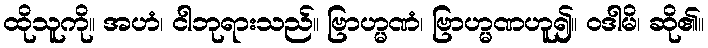
ထိုသူကို။ အဟံ၊ ငါဘုရားသည်။ ဗြာဟ္မဏံ၊ ဗြာဟ္မဏဟူ၍။ ဝဒါမိ၊ ဆို၏။